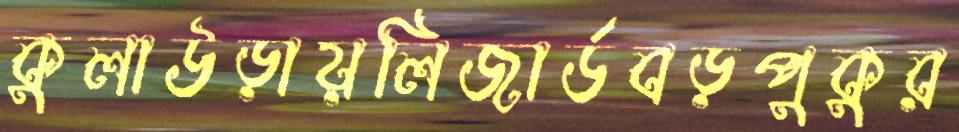
কুলাউড়ায়লিজার্ডবড়পুকুর